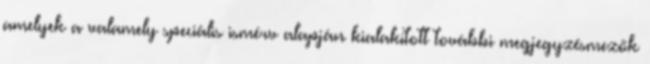
amelyek a valamely speciális ismérv alapján kialakított további megjegyzésmezők